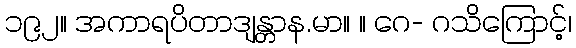
၁၉၂။ အကာရပိတာဒျန္တာန.မာ။ ။ ဂေ- ဂသိကြောင့်၊